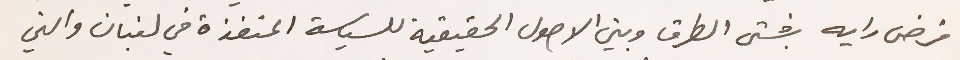
فرض رايه بشتى الطرق وبين الاصول الحقيقية للسياسة المنفذة في لبنان والتي